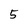
Character: 5